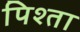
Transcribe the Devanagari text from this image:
पिश्ता